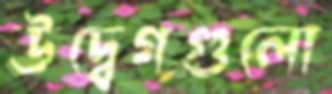
উদ্বেগগুলো